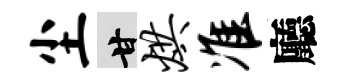
尘甘烘准廳